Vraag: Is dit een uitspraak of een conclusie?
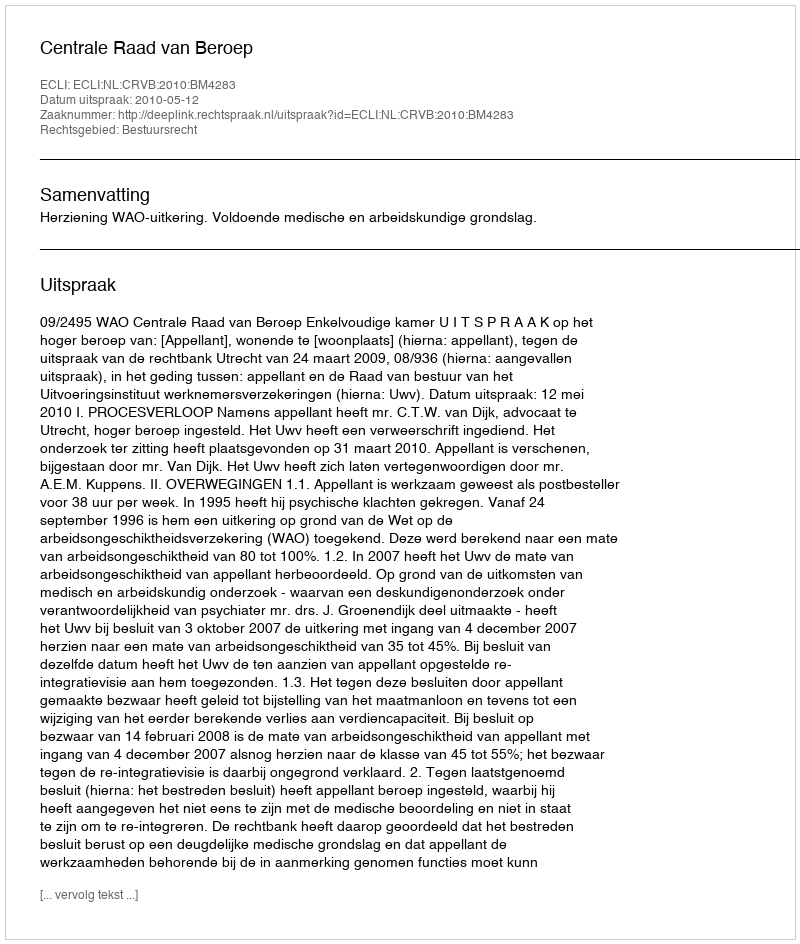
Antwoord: Uitspraak